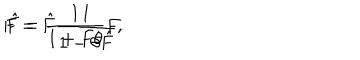
LaTeX: F = \hat { F } \frac { 1 } { 1 - \theta \hat { F } } , \hspace { . 5 i n } \hat { F } = \frac { 1 } { 1 + F \theta } F .